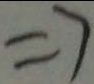
\Rightarrow